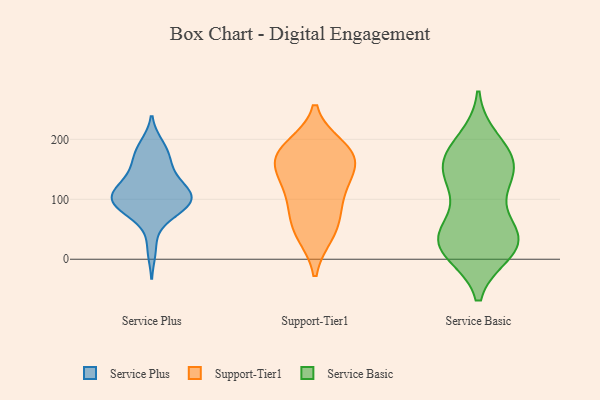
{"axis": {"x": "Waste Production (Tons)", "y": "Value"}, "legend": ["Service Basic", "Service Plus", "Support-Tier1"], "data": [{"x": "", "y": 107, "type": "Service Plus"}, {"x": "", "y": 105, "type": "Service Plus"}, {"x": "", "y": 102, "type": "Service Plus"}, {"x": "", "y": 73, "type": "Service Plus"}, {"x": "", "y": 96, "type": "Service Plus"}, {"x": "", "y": 190, "type": "Service Plus"}, {"x": "", "y": 115, "type": "Service Plus"}, {"x": "", "y": 88, "type": "Service Plus"}, {"x": "", "y": 135, "type": "Service Plus"}, {"x": "", "y": 16, "type": "Service Plus"}, {"x": "", "y": 113, "type": "Service Plus"}, {"x": "", "y": 158, "type": "Service Plus"}, {"x": "", "y": 153, "type": "Service Plus"}, {"x": "", "y": 75, "type": "Service Plus"}, {"x": "", "y": 123, "type": "Service Plus"}, {"x": "", "y": 186, "type": "Service Plus"}, {"x": "", "y": 173, "type": "Service Plus"}, {"x": "", "y": 92, "type": "Service Plus"}, {"x": "", "y": 96, "type": "Service Plus"}, {"x": "", "y": 48, "type": "Support-Tier1"}, {"x": "", "y": 160, "type": "Support-Tier1"}, {"x": "", "y": 106, "type": "Support-Tier1"}, {"x": "", "y": 112, "type": "Support-Tier1"}, {"x": "", "y": 42, "type": "Support-Tier1"}, {"x": "", "y": 72, "type": "Support-Tier1"}, {"x": "", "y": 179, "type": "Support-Tier1"}, {"x": "", "y": 175, "type": "Support-Tier1"}, {"x": "", "y": 165, "type": "Support-Tier1"}, {"x": "", "y": 141, "type": "Support-Tier1"}, {"x": "", "y": 187, "type": "Support-Tier1"}, {"x": "", "y": 166, "type": "Service Basic"}, {"x": "", "y": 28, "type": "Service Basic"}, {"x": "", "y": 130, "type": "Service Basic"}, {"x": "", "y": 169, "type": "Service Basic"}, {"x": "", "y": 21, "type": "Service Basic"}, {"x": "", "y": 121, "type": "Service Basic"}, {"x": "", "y": 23, "type": "Service Basic"}, {"x": "", "y": 177, "type": "Service Basic"}, {"x": "", "y": 197, "type": "Service Basic"}, {"x": "", "y": 32, "type": "Service Basic"}, {"x": "", "y": 148, "type": "Service Basic"}, {"x": "", "y": 14, "type": "Service Basic"}, {"x": "", "y": 36, "type": "Service Basic"}, {"x": "", "y": 54, "type": "Service Basic"}, {"x": "", "y": 36, "type": "Service Basic"}, {"x": "", "y": 146, "type": "Service Basic"}]}